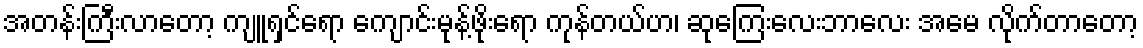
အတန်းကြီးလာတော့ ကျူရှင်ရော ကျောင်းမုန့်ဖိုးရော ကုန်တယ်ဟ၊ ဆုကြေးလေးဘာလေး အမေ လိုက်တာတော့